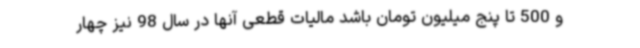
و 500 تا پنج میلیون تومان باشد مالیات قطعی آنها در سال 98 نیز چهار